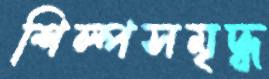
শিল্পসমৃদ্ধ